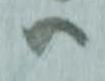
ハ